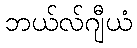
ဘယ်လ်ဂျီယံ